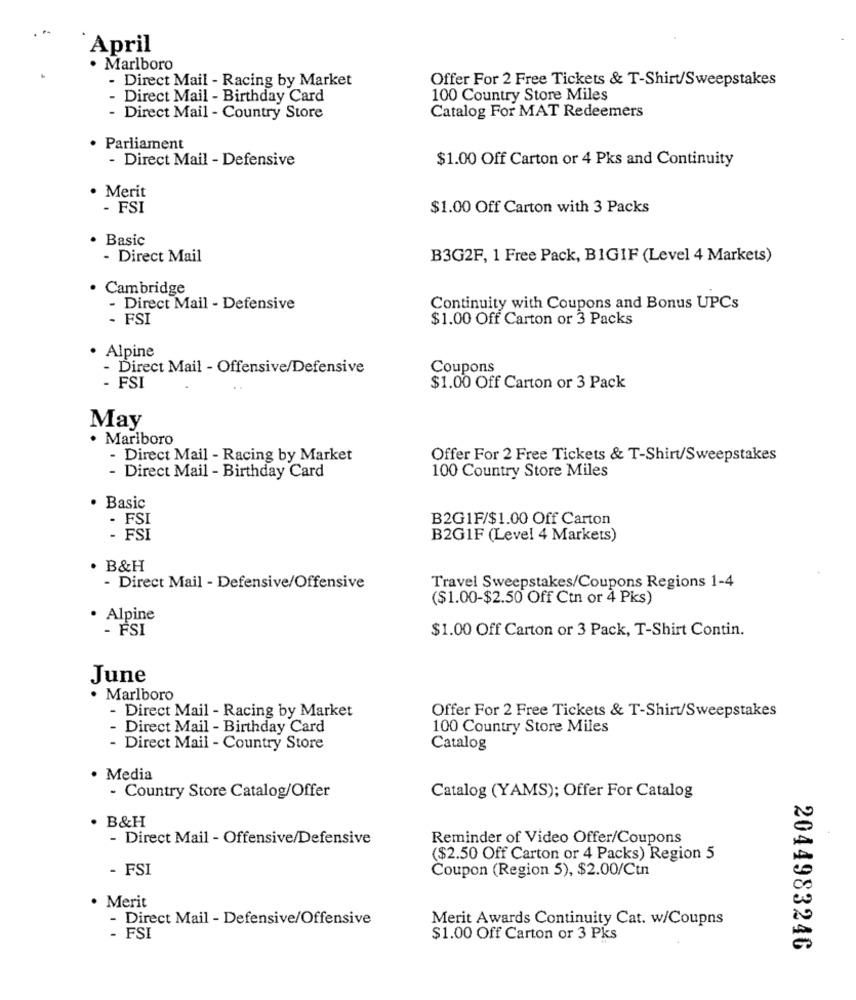
April
· Marlboro
- Direct Mail - Racing by Market
Offer For 2 Free Tickets & T-Shirt/Sweepstakes
- Direct Mail - Birthday Card
100 Country Store Miles
- Direct Mail - Country Store
Catalog For MAT Redeemers
· Parliament
- Direct Mail - Defensive
$1.00 Off Carton or 4 Pks and Continuity
· Merit
- FSI
$1.00 Off Carton with 3 Packs
· Basic
- Direct Mail
B3G2F, 1 Free Pack, BIGIF (Level 4 Markets)
Cambridge
- Direct Mail - Defensive
Continuity with Coupons and Bonus UPCs
- FSI
$1.00 Off Carton or 3 Packs
Alpine
- Direct Mail - Offensive/Defensive
Coupons
- FSI
$1.00 Off Carton or 3 Pack
May
· Marlboro
- Direct Mail - Racing by Market
Offer For 2 Free Tickets & T-Shirt/Sweepstakes
100 Country Store Miles
- Direct Mail - Birthday Card
· Basic
FSI
B2G1F/$1.00 Off Carton
- FSI
B2G1F (Level 4 Markets)
B&H
- Direct Mail - Defensive/Offensive
Travel Sweepstakes/Coupons Regions 1-4
($1.00-$2.50 Off Ctn or 4 Pks)
· Alpine
- FSI
$1.00 Off Carton or 3 Pack, T-Shirt Contin.
June
· Marlboro
- Direct Mail - Racing by Market
Offer For 2 Free Tickets & T-Shirt/Sweepstakes
Direct Mail - Birthday Card
100 Country Store Miles
- Direct Mail - Country Store
Catalog
· Media
- Country Store Catalog/Offer
Catalog (YAMS); Offer For Catalog
. B&H
- Direct Mail - Offensive/Defensive
Reminder of Video Offer/Coupons
($2.50 Off Carton or 4 Packs) Region 5
- FSI
Coupon (Region 5), $2.00/Ctn
. Merit
- Direct Mail - Defensive/Offensive
Merit Awards Continuity Cat. w/Coupns
. FSI
$1.00 Off Carton or 3 Pks
2044983246